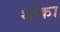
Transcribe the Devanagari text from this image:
थंका